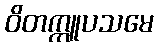
ဝိတက္ကူပသမေ